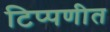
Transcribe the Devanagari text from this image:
टिप्पणीत